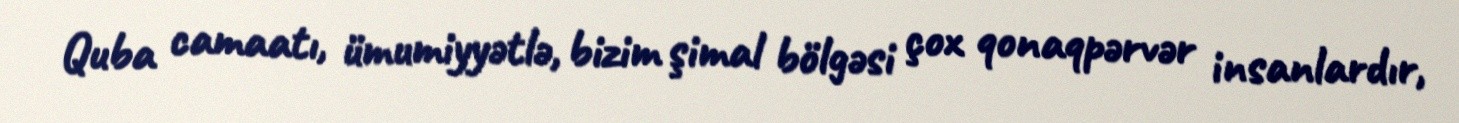
Quba camaatı, ümumiyyətlə, bizim şimal bölgəsi çox qonaqpərvər insanlardır,